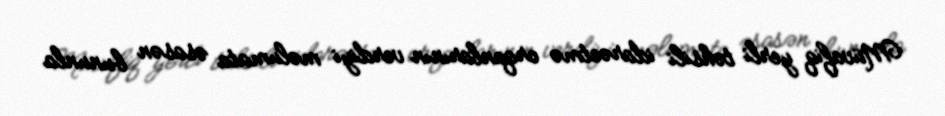
Müvafiq yerli təhsili idarəetmə orqanlarının verdiyi məlumata əsasən bununla